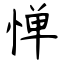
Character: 惮